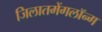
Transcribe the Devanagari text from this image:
जिलातमेंगलॉन्ग